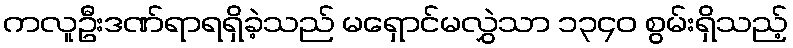
ကလူဦးဒဏ်ရာရရှိခဲ့သည် မရှောင်မလွှဲသာ ၁၃၄၀ စွမ်းရှိသည့်